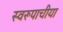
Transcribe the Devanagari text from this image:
स्वरूपाचीया